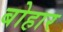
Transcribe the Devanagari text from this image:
बोहार